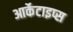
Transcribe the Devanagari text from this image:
आर्केटाइप्स